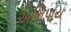
અભિપાય